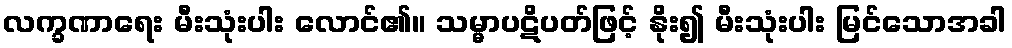
လက္ခဏာရေး မီးသုံးပါး လောင်၏။ သမ္မာပဋိပတ်ဖြင့် နိုး၍ မီးသုံးပါး မြင်သောအခါ